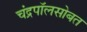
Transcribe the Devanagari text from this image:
चंद्रपॉलसोबत